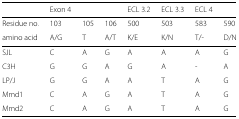
<table><thead><tr><td></td><td><b>Exon 4</b></td><td></td><td></td><td><b>ECL 3.2</b></td><td><b>ECL 3.3</b></td><td><b>ECL 4</b></td><td></td><td></td><td></td></tr></thead><tbody><tr><td>Residue no.</td><td>103</td><td>105</td><td>106</td><td>500</td><td>503</td><td>583</td><td>590</td><td></td><td></td></tr><tr><td>amino acid</td><td>A/G</td><td>T</td><td>A/T</td><td>K/E</td><td>K/N</td><td>T/-</td><td>D/N</td><td></td><td></td></tr><tr><td>SJL</td><td>C</td><td>A</td><td>G</td><td>A</td><td>A</td><td>A</td><td>G</td><td></td><td></td></tr><tr><td>C3H</td><td>G</td><td>G</td><td>A</td><td>G</td><td>A</td><td>-</td><td>A</td><td></td><td></td></tr><tr><td>LP/J</td><td>G</td><td>G</td><td>A</td><td>A</td><td>T</td><td>A</td><td>G</td><td></td><td></td></tr><tr><td>Mmd1</td><td>C</td><td>A</td><td>G</td><td>A</td><td>T</td><td>A</td><td>G</td><td></td><td></td></tr><tr><td>Mmd2</td><td>C</td><td>A</td><td>G</td><td>A</td><td>T</td><td>A</td><td>G</td><td></td><td></td></tr></tbody></table>